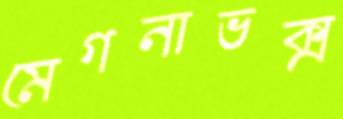
মেগনাভক্স